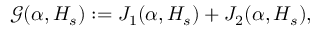
\begin{array} { r } { \mathcal { G } ( \boldsymbol { \alpha } , H _ { s } ) : = { \cal J } _ { 1 } ( \boldsymbol { \alpha } , H _ { s } ) + { \cal J } _ { 2 } ( \boldsymbol { \alpha } , H _ { s } ) , } \end{array}